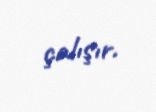
çalışır.